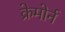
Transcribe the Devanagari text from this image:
क्रेमोर्न